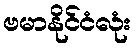
ဗမာနိုင်ငံလုံး